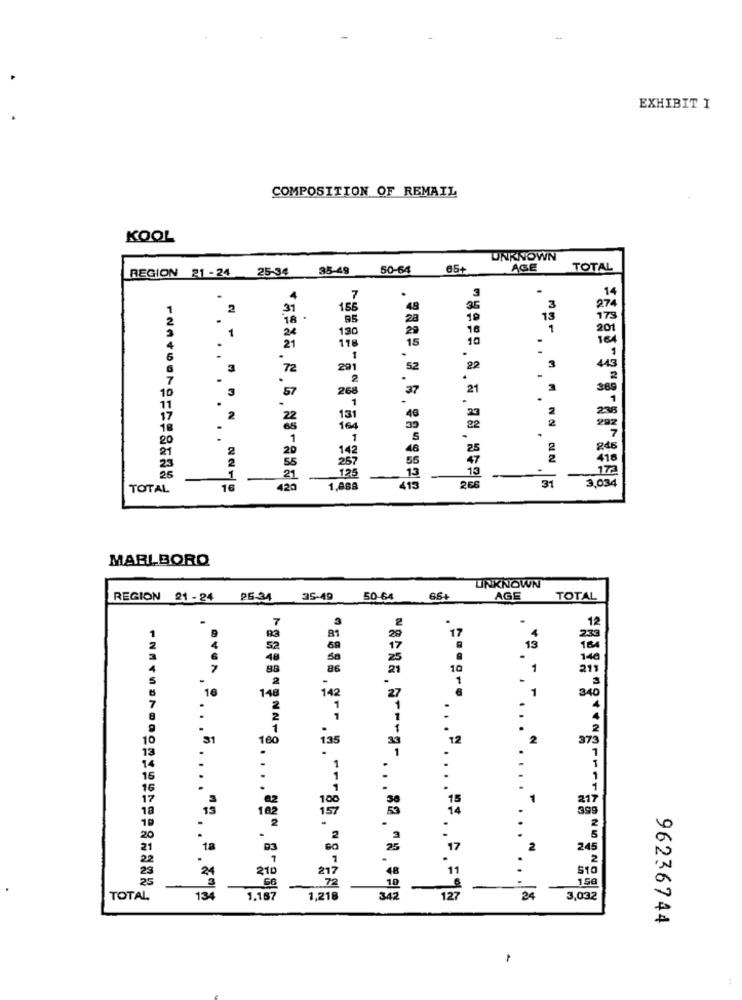
EXHIBIT I
COMPOSITION OF REMAIL
KOOL
UNKNOWN
35-49
50-64
65+
AGE TOTAL
REGION 21-24 25-34
3
.
14
4
274
2
31
16
3
. .
95
15
175
24
130
1
201
118
.
21
.
1
3
72
291
52
22
3
443
.
2
-
10
3
268
37
21
369
57
22
131
164
292
7
25
246
2
416
172
21
15
31
TOTAL
16
420
1,888
415
266
3,034
MARLBORO
UNKNOWN
35-40
50-64 66+
AGE
TOTAL
12
17
13
164
146
10
211
1
.
16
340
..
2
160
12
2
375
1
15
217
15
182
14
39
17
24
2
210
11
510
150
TOTAL
134
1.187
127
24
3,032
"8888 . 9- . 8 . --- 85.8
96236744